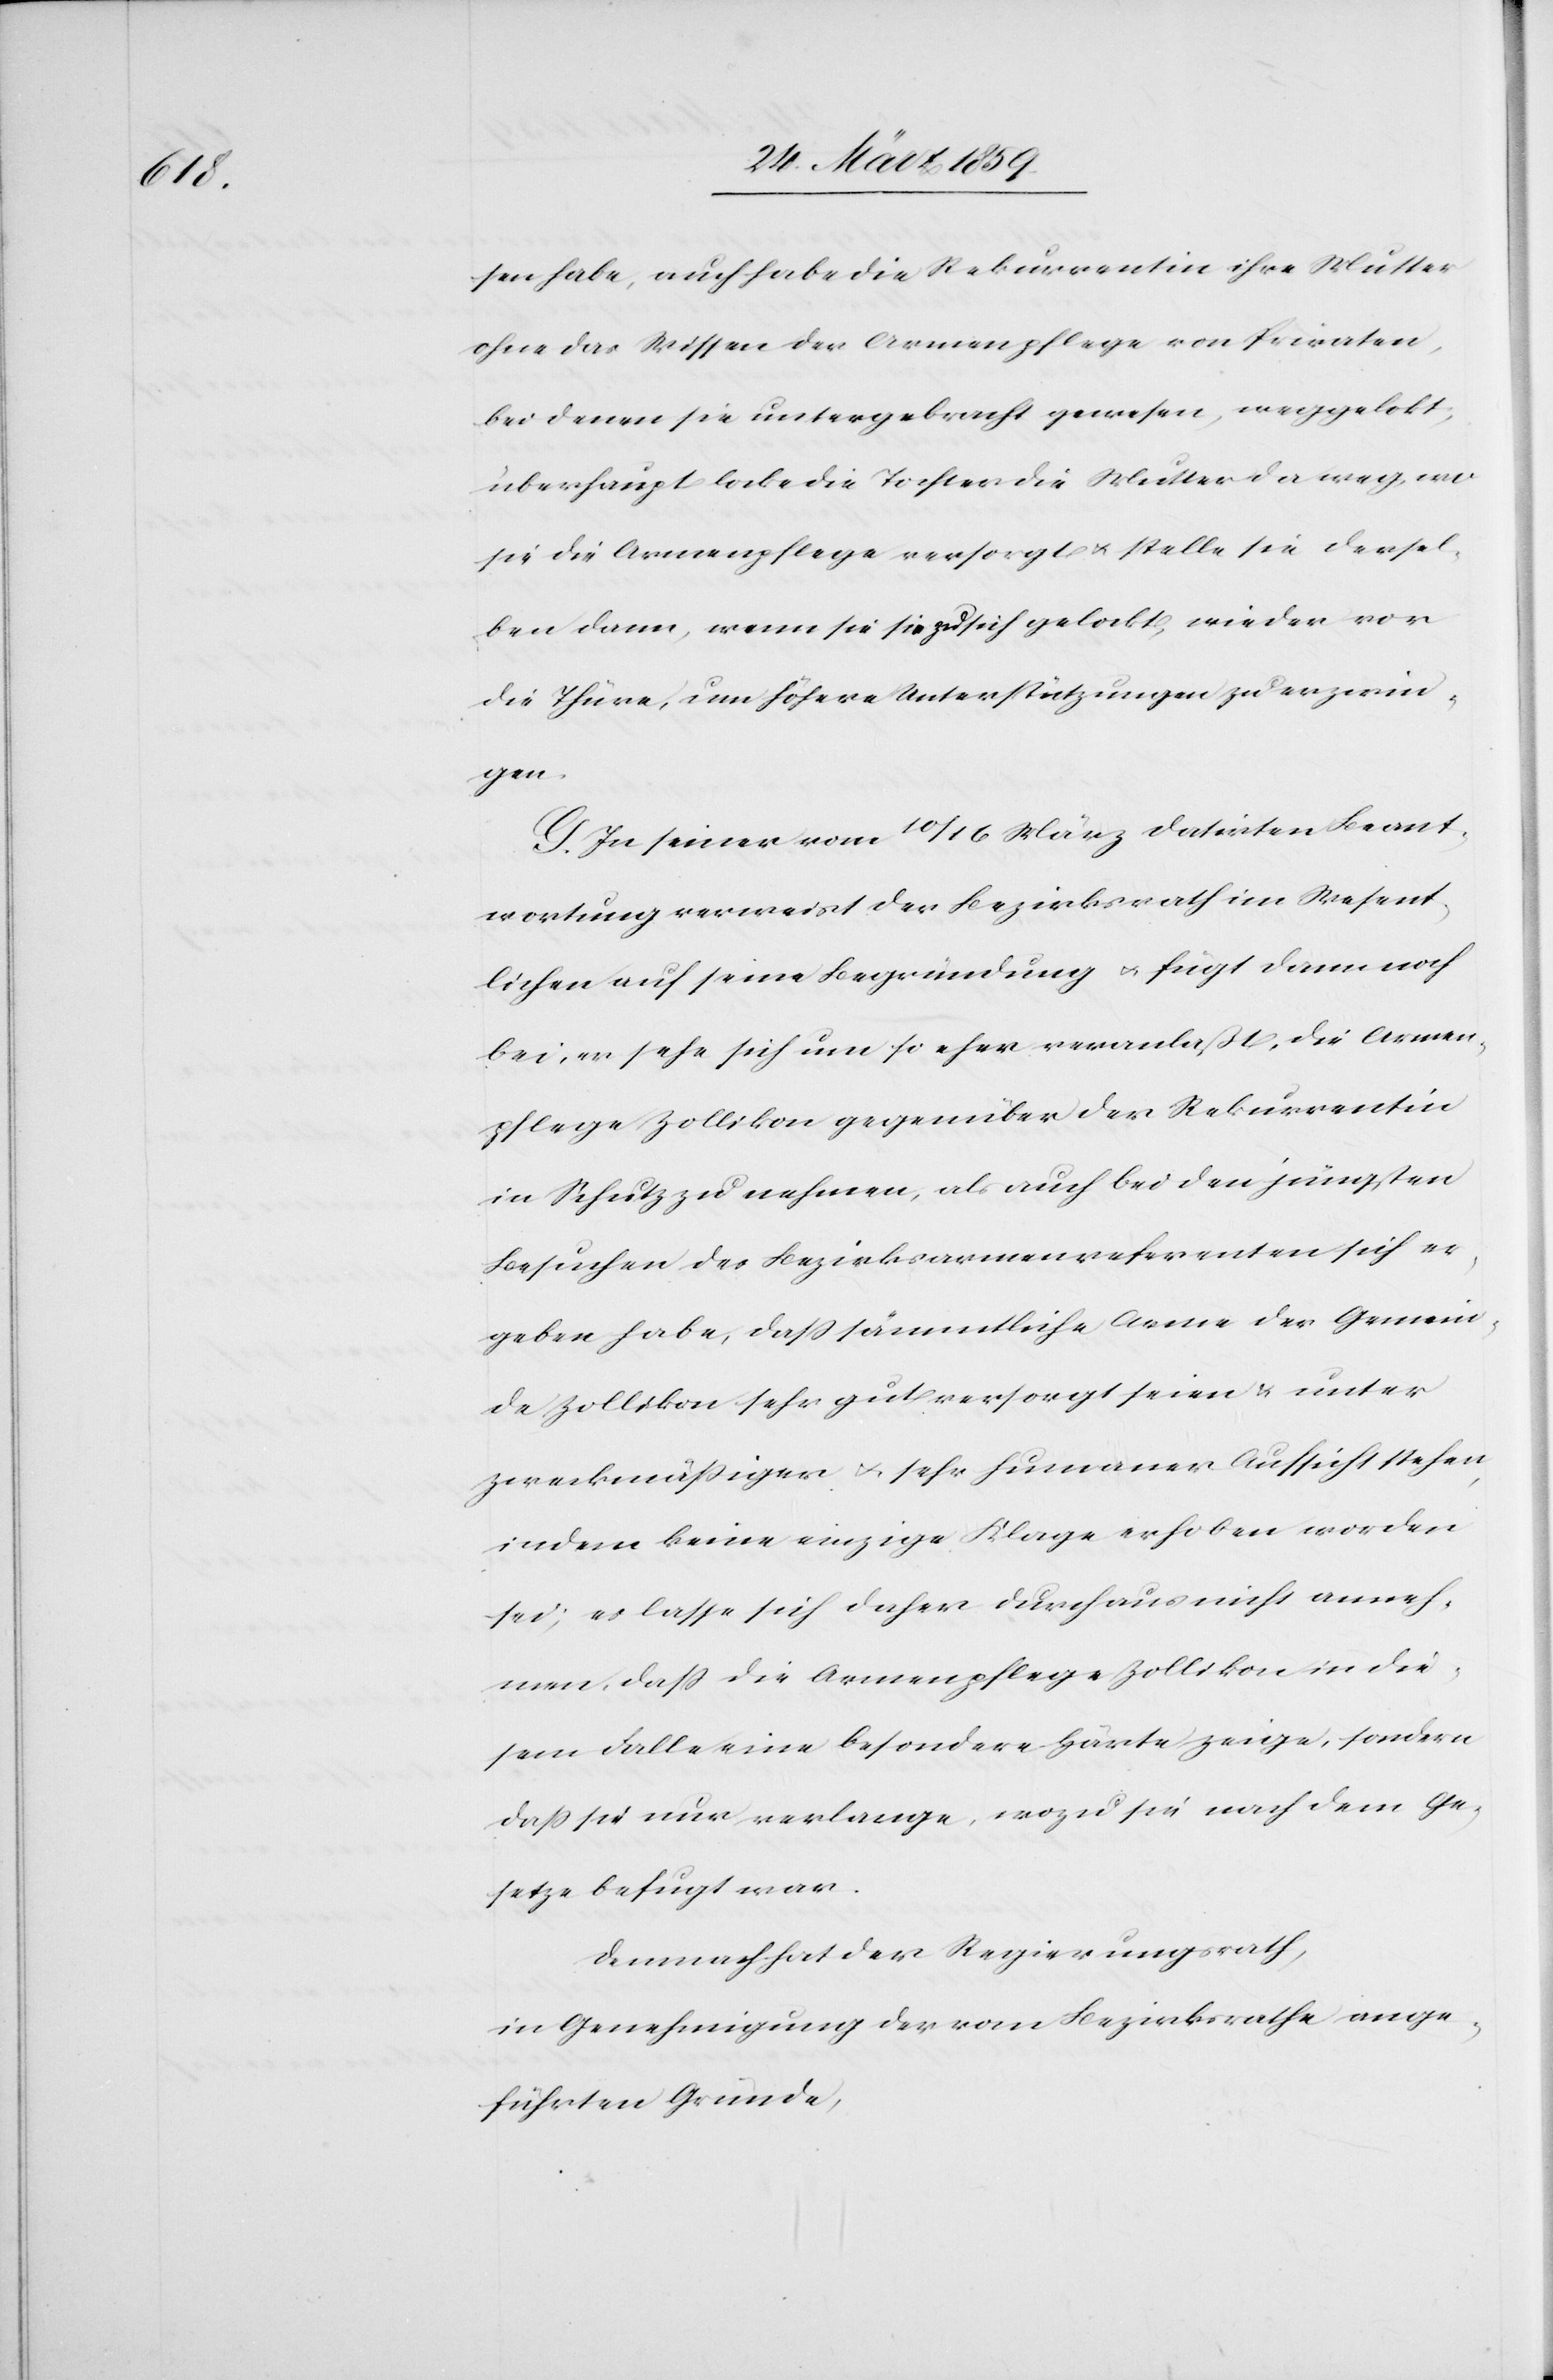
sen habe, auch habe die Rekurrentin ihre Mutter
ohne das Wissen der Armenpflege von Privaten,
bei denen sie untergebracht gewesen, weggelokt
überhaupt locke die Tochter die Mutter da weg, wo
sie die Armenpflege versorgt u. stelle sie dersel¬
ben dann, wenn sie sie zu sich gelockt, wieder vor
die Thüre, um höhere Unterstützungen zu erzwin¬
gen.
G. In seiner vom 10/16 März datirten Beant¬
wortung verweist der Bezirksrath im Wesent¬
lichen auf seine Begründung u. fügt dann noch
bei, er sehe sich um so eher veranlaßt, die Armen¬
pflege Zollikon gegenüber der Rekurrentin
in Schutz zu nehmen, als auch bei den jüngsten
Besuchen des Bezirksarmenreferanten sich er¬
geben habe, daß sämmtliche Arme der Gemein¬
de Zollikon sehr gut versorgt seien u. unter
zweckmäßiger u. sehr humaner Aufsicht stehen,
indem keine einzige Klage erhoben worden
sei; es lasse sich daher durchaus nicht anneh¬
men, daß die Armenpflege Zollikon in die¬
sem Falle eine besondere Härte zeige, sondern
daß sie nur verlange, wozu sie nach dem Ge¬
setze befugt war.
Demnach hat der Regierungsrath,
in Genehmigung der vom Bezirksrathe ange¬
führten Gründe,